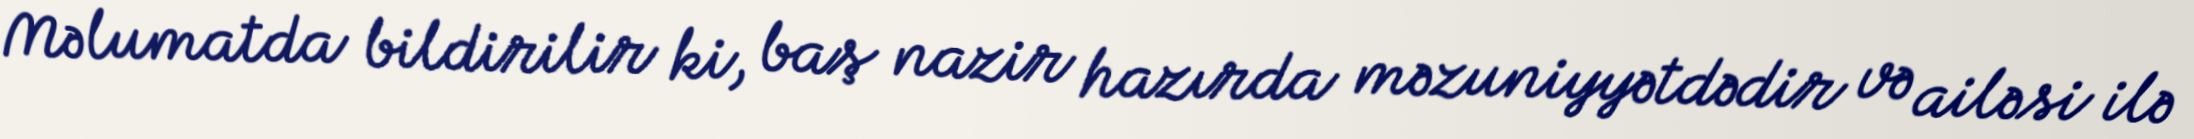
Məlumatda bildirilir ki, baş nazir hazırda məzuniyyətdədir və ailəsi ilə